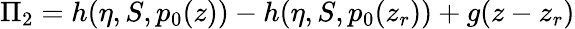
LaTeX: \Pi_{2}=h(\eta,S,p_{0}(z))-h(\eta,S,p_{0}(z_{r}))+g(z-z_{r})